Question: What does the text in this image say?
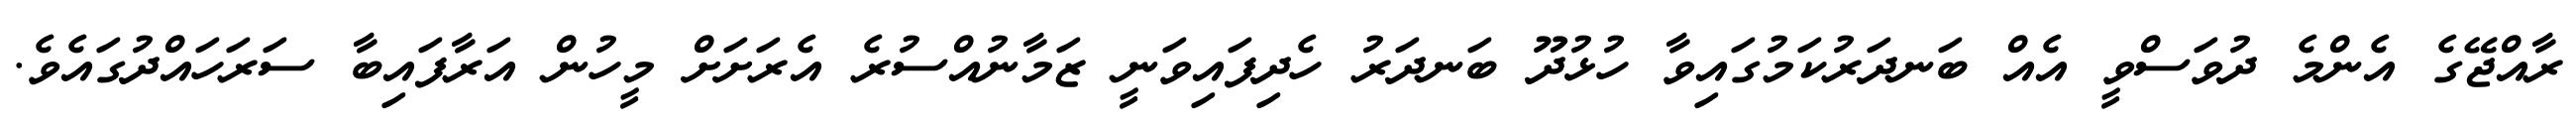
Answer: ރާއްޖޭގެ އެންމެ ދުވަސްވީ އެއް ބަނދަރުކަމުގައިވާ ހުޅުދޫ ބަނދަރު ހެދިފައިވަނީ ޒަމާނުއްސުރެ އެރަށަށް މީހުން އަރާފައިބާ ސަރަހައްދުގައެވެ.